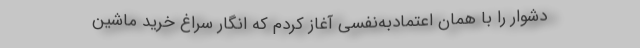
دشوار را با همان اعتمادبه‌نفسی آغاز کردم که انگار سراغ خرید ماشین